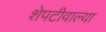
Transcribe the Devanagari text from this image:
शेपटीवाल्या